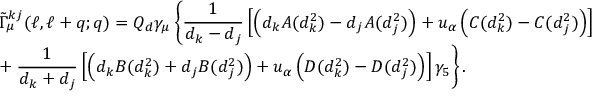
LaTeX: \begin{array} { l } { { \displaystyle \tilde { \Gamma } _ { \mu } ^ { k j } ( \ell , \ell + q ; q ) = Q _ { d } \gamma _ { \mu } \left\{ \frac { 1 } { d _ { k } - d _ { j } } \left[ \left( d _ { k } A ( d _ { k } ^ { 2 } ) - d _ { j } A ( d _ { j } ^ { 2 } ) \right) + u _ { \alpha } \left( C ( d _ { k } ^ { 2 } ) - C ( d _ { j } ^ { 2 } ) \right) \right] \right. } } \\ { { \displaystyle + \left. \frac { 1 } { d _ { k } + d _ { j } } \left[ \left( d _ { k } B ( d _ { k } ^ { 2 } ) + d _ { j } B ( d _ { j } ^ { 2 } ) \right) + u _ { \alpha } \left( D ( d _ { k } ^ { 2 } ) - D ( d _ { j } ^ { 2 } ) \right) \right] \gamma _ { 5 } \right\} . } } \end{array}